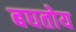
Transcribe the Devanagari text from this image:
बघतोय